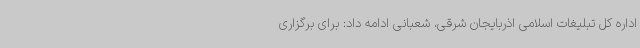
اداره کل تبلیغات اسلامی اذربایجان شرقی، شعبانی ادامه داد: برای برگزاری